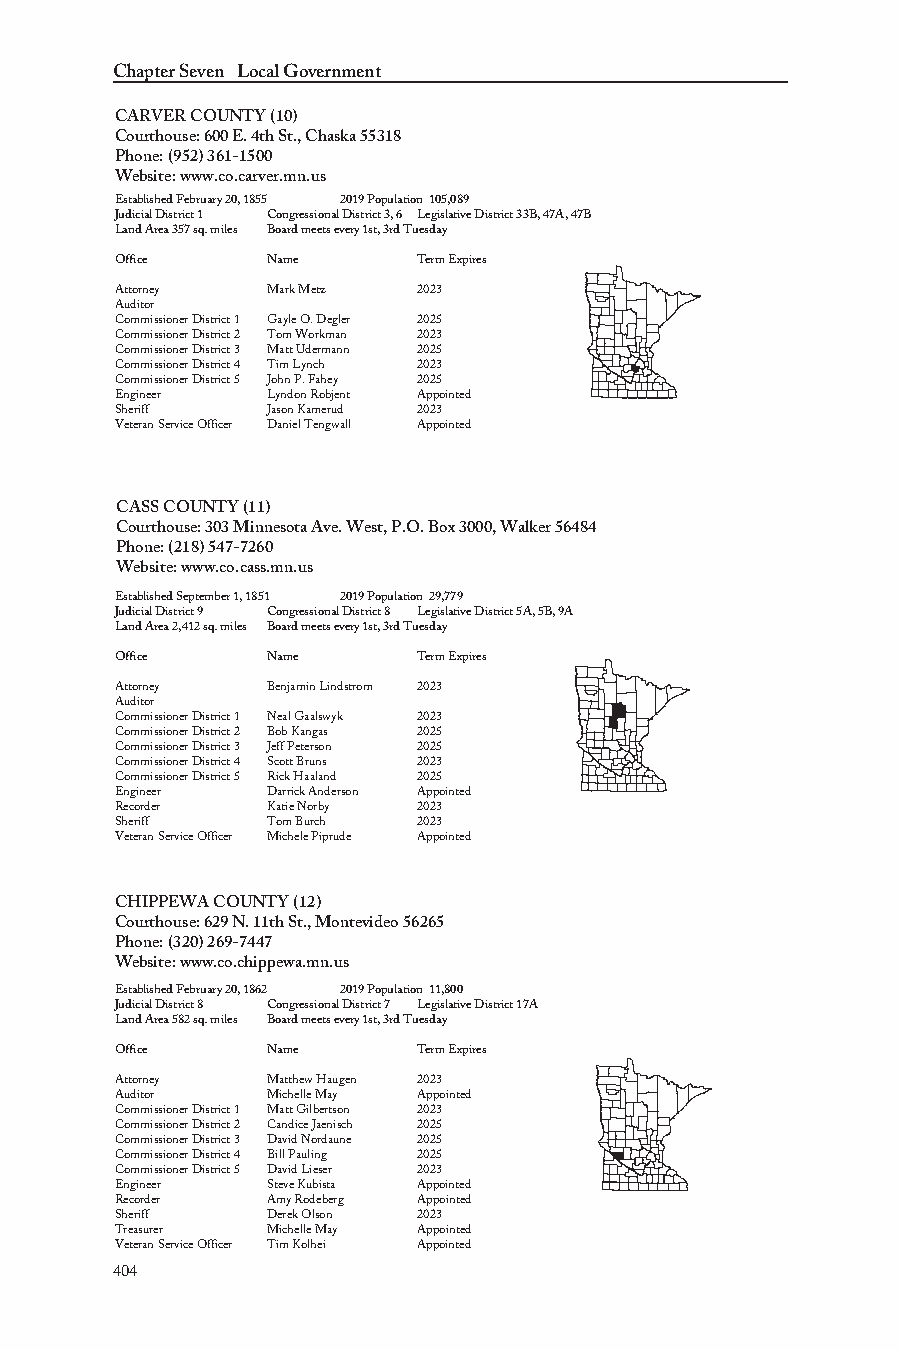
Chapter Seven Local Government
 CARVER COUNTY (10)
 Courthouse: 600 E. 4th St., Chaska 55318
 Phone: (952) 361-1500
 Website: www.co.carver.mn.us
 Established February 20, 1855 2019 Population 105,089
 Judicial District 1 Congressional District 3, 6 Legislative District 33B, 47A, 47B
 Land Area 357 sq. miles Board meets every 1st, 3rd Tuesday
 Office    Name      Term Expires
 Attorney  Mark Metz 2023
 Auditor
 Commissioner District 1 Gayle O. Degler 2025
 Commissioner District 2 Tom Workman 2023
 Commissioner District 3 Matt Udermann 2025
 Commissioner District 4 Tim Lynch 2023
 Commissioner District 5 John P. Fahey 2025
 Engineer  Lyndon Robjent Appointed
 Sheriff   Jason Kamerud 2023
 Veteran Service Officer Daniel Tengwall Appointed
 CASS COUNTY (11)
 Courthouse: 303 Minnesota Ave. West, P.O. Box 3000, Walker 56484
 Phone: (218) 547-7260
 Website: www.co.cass.mn.us
 Established September 1, 1851 2019 Population 29,779
 Judicial District 9 Congressional District 8 Legislative District 5A, 5B, 9A
 Land Area 2,412 sq. miles Board meets every 1st, 3rd Tuesday
 Office    Name      Term Expires
 Attorney  Benjamin Lindstrom 2023
 Auditor
 Commissioner District 1 Neal Gaalswyk 2023
 Commissioner District 2 Bob Kangas 2025
 Commissioner District 3 Jeff Peterson 2025
 Commissioner District 4 Scott Bruns 2023
 Commissioner District 5 Rick Haaland 2025
 Engineer  Darrick Anderson Appointed
 Recorder  Katie Norby 2023
 Sheriff   Tom Burch 2023
 Veteran Service Officer Michele Piprude Appointed
 CHIPPEWA COUNTY (12)
 Courthouse: 629 N. 11th St., Montevideo 56265
 Phone: (320) 269-7447
 Website: www.co.chippewa.mn.us
 Established February 20, 1862 2019 Population 11,800
 Judicial District 8 Congressional District 7 Legislative District 17A
 Land Area 582 sq. miles Board meets every 1st, 3rd Tuesday
 Office    Name      Term Expires
 Attorney  Matthew Haugen 2023
 Auditor   Michelle May Appointed
 Commissioner District 1 Matt Gilbertson 2023
 Commissioner District 2 Candice Jaenisch 2025
 Commissioner District 3 David Nordaune 2025
 Commissioner District 4 Bill Pauling 2025
 Commissioner District 5 David Lieser 2023
 Engineer  Steve Kubista Appointed
 Recorder  Amy Rodeberg Appointed
 Sheriff   Derek Olson 2023
 Treasurer Michelle May Appointed
 Veteran Service Officer Tim Kolhei Appointed
 440044